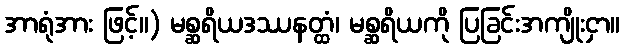
အာရုံအား ဖြင့်။) မစ္ဆရိယဒဿနတ္ထံ၊ မစ္ဆရိယကို ပြခြင်းအကျိုးငှာ။